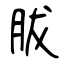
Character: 胈